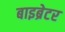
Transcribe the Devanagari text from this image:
बाइब्रेटर